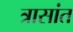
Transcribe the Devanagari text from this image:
त्रासांत